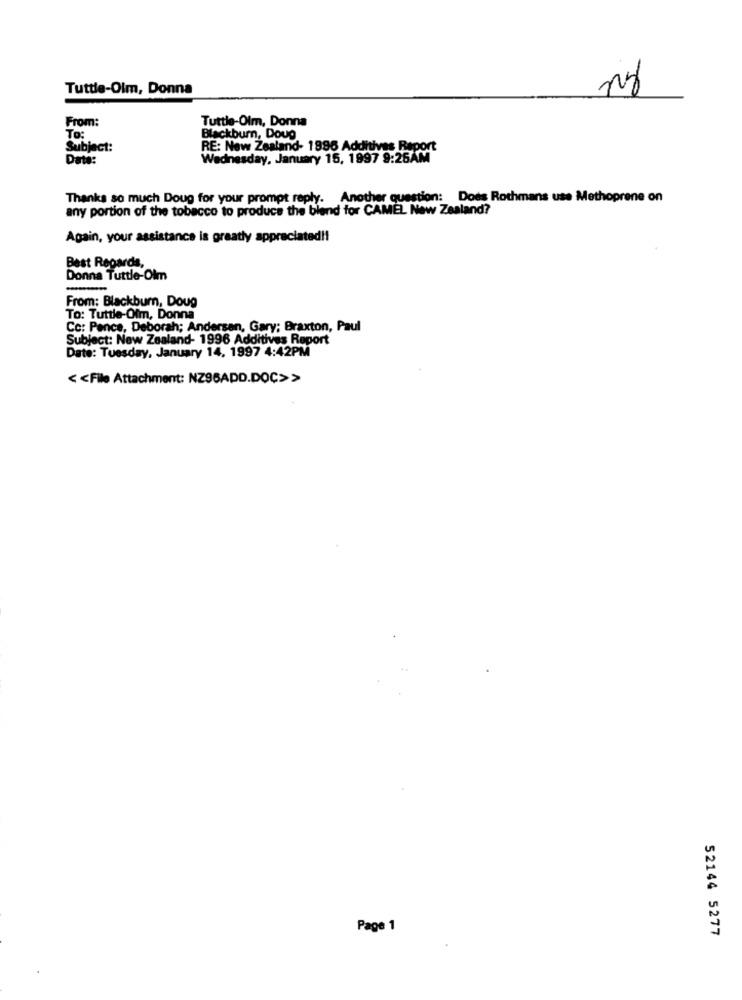
Tuttle-Olm, Donna
From:
Tuttle-Olm, Donna
To:
Blackburn, Doug
Subject:
RE: New Zealand- 1996 Additives Report
Date:
Wednesday, January 15, 1997 9:25AM
Thanks so much Doug for your prompt reply. Another question: Does Rothmans use Methoprene on
any portion of the tobacco to produce the blend for CAMEL New Zealand?
Again, your assistance is greatly appreciated !!
Best Regards,
Donna Tuttle-Olm
From: Blackburn, Doug
To: Tuttle-Ofm, Donna
Co: Pence, Deborah; Andersan, Gary; Braxton, Paul
Subject: New Zealand- 1996 Additives Report
Date: Tuesday, January 14, 1997 4:42PM
< < File Attachment: NZ96ADD.DOÇ>>
Page 1
52144 5277